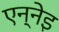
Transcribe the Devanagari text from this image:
एन्नेइ